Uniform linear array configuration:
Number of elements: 12
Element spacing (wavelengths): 1
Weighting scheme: exponential
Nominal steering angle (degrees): -45
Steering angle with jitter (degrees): -46.886
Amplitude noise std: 0.05
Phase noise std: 0.05

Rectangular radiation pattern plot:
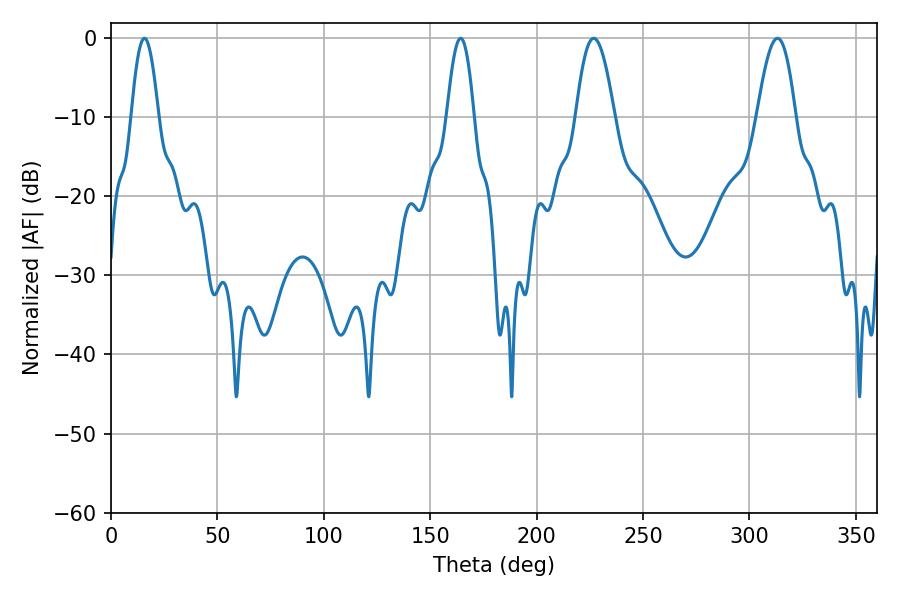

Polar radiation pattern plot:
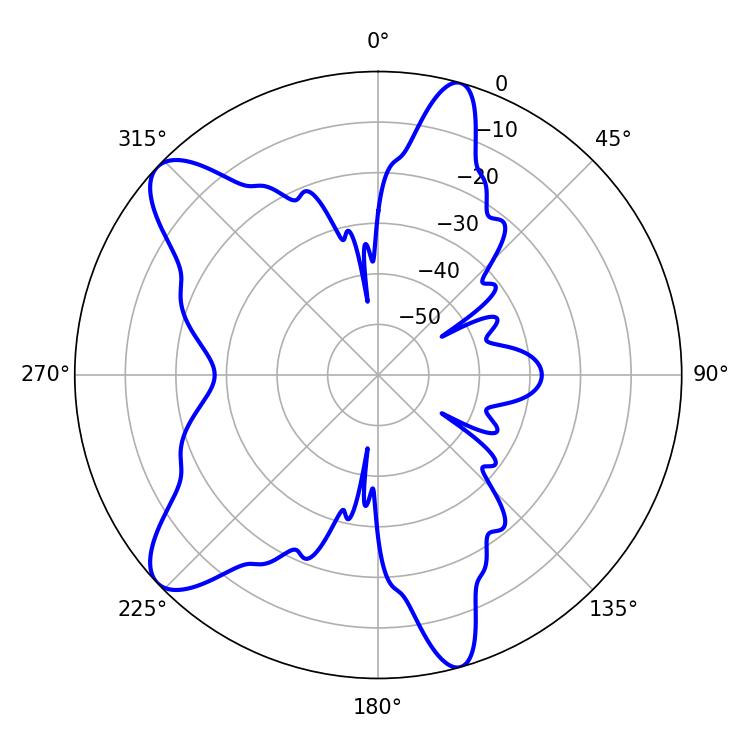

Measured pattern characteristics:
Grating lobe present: TRUE
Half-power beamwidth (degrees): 9.72
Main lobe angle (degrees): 226.8